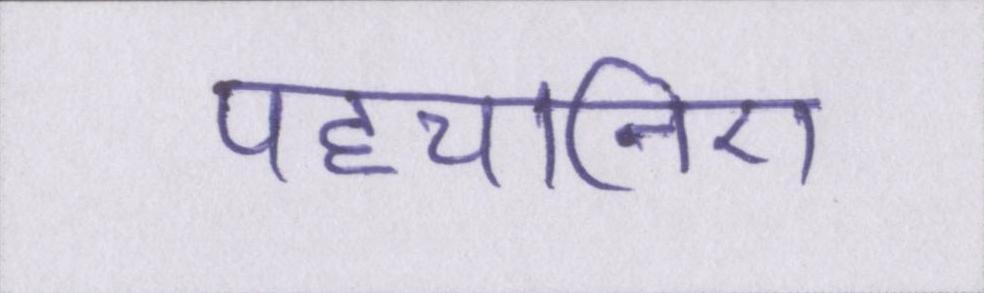
पहचानिए